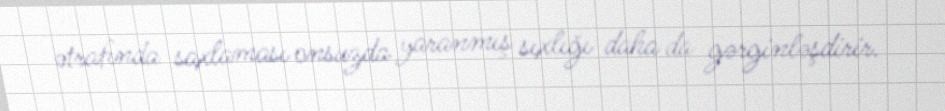
ətrafında saxlaması onsuzda yaranmış sıxlığı daha da gərginləşdirir.